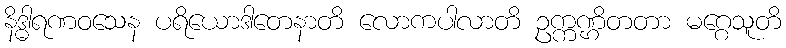
နိဒ္ဓါရဏဝသေန ပရိယောဒါတေနာတိ လောကပါလာတိ ဥက္ကဏ္ဌိတတာ မဂ္ဂေသူတိ